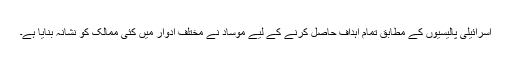
اسرائیلی پالیسیوں کے مطابق تمام اہداف حاصل کرنے کے لیے موساد نے مختلف ادوار میں کئی ممالک کو نشانہ بنایا ہے۔